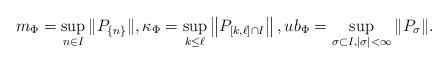
\begin{align*}m_{\Phi}=\sup_{n\in I}\|P_{\left\{n\right\}}\|,\kappa_{\Phi}=\sup_{k\leq\ell}\left\|P_{[k,\ell]\cap I}\right\|,ub_{\Phi}=\sup_{\sigma\subset I,|\sigma|<\infty}\|P_{\sigma}\|.\end{align*}